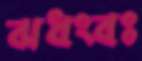
ঝধংবঃ